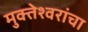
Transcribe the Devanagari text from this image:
मुक्तेश्वरांचा